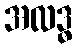
အလဒ္ဓ